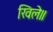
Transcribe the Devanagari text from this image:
खिले॥